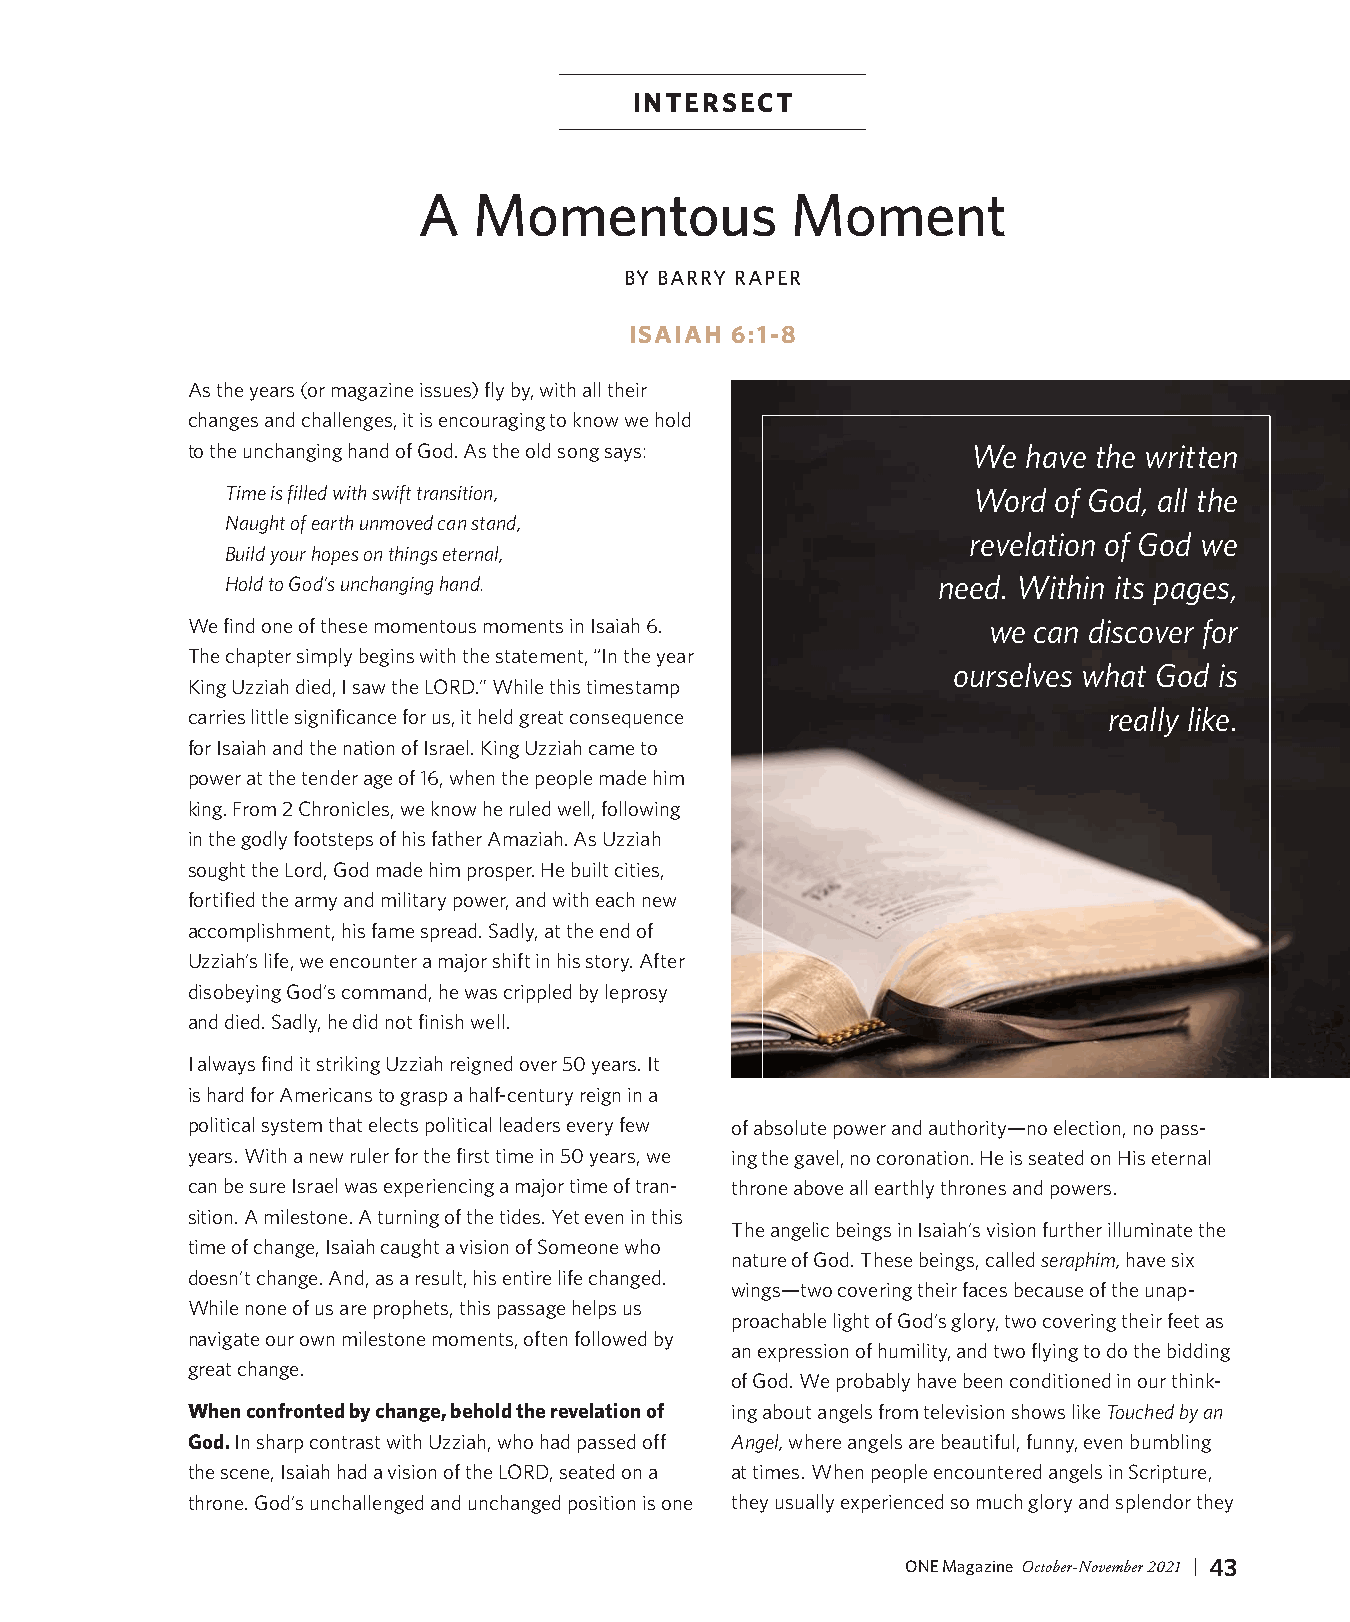
INTERSECT
 A  Momentous            Moment
 BY BARRY RAPER
 ISAIAH 6:1-8
 As the years (or magazine issues) fly by, with all their
 changes and challenges, it is encouraging to know we hold
 to the unchanging hand of God. As the old song says: We have the written
 Time is filled with swift transition,            Word  of God, all the
 Naught of earth unmoved can stand,
 revelation of God we
 Build your hopes on things eternal,
 Hold to God’s unchanging hand.                 need. Within its pages,
 We find one of these momentous moments in Isaiah 6.  we can discover for
 The chapter simply begins with the statement, “In the year
 ourselves what God is
 King Uzziah died, I saw the LORD.” While this timestamp
 carries little significance for us, it held great consequence really like.
 for Isaiah and the nation of Israel. King Uzziah came to
 power at the tender age of 16, when the people made him
 king. From 2 Chronicles, we know he ruled well, following
 in the godly footsteps of his father Amaziah. As Uzziah
 sought the Lord, God made him prosper. He built cities,
 fortified the army and military power, and with each new
 accomplishment, his fame spread. Sadly, at the end of
 Uzziah’s life, we encounter a major shift in his story. After
 disobeying God’s command, he was crippled by leprosy
 and died. Sadly, he did not finish well.
 I always find it striking Uzziah reigned over 50 years. It
 is hard for Americans to grasp a half-century reign in a
 political system that elects political leaders every few of absolute power and authority—no election, no pass-
 years. With a new ruler for the first time in 50 years, we ing the gavel, no coronation. He is seated on His eternal
 can be sure Israel was experiencing a major time of tran- throne above all earthly thrones and powers.
 sition. A milestone. A turning of the tides. Yet even in this
 The angelic beings in Isaiah’s vision further illuminate the
 time of change, Isaiah caught a vision of Someone who
 nature of God. These beings, called seraphim, have six
 doesn’t change. And, as a result, his entire life changed.
 wings—two covering their faces because of the unap-
 While none of us are prophets, this passage helps us
 proachable light of God’s glory, two covering their feet as
 navigate our own milestone moments, often followed by
 an expression of humility, and two flying to do the bidding
 great change.
 of God. We probably have been conditioned in our think-
 When confronted by change, behold the revelation of ing about angels from television shows like Touched by an
 God. In sharp contrast with Uzziah, who had passed off Angel, where angels are beautiful, funny, even bumbling
 the scene, Isaiah had a vision of the LORD, seated on a at times. When people encountered angels in Scripture,
 throne. God’s unchallenged and unchanged position is one they usually experienced so much glory and splendor they
 ONE Magazine October-November 2021 | 43